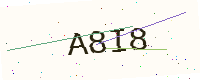
Text: A8I8